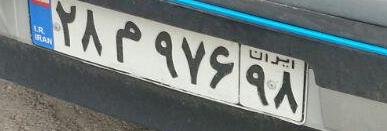
۲۸م۹۷۶۹۸